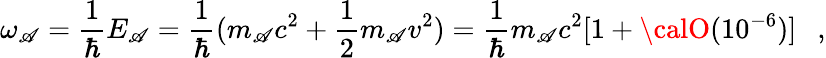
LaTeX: \omega_{\mathscr{A}}={\frac{{1}}{{\hbar}}}E_{\mathscr{A}}={\frac{{1}}{{\hbar}}}(m_{\mathscr{A}}c^{2}+{\frac{{1}}{{2}}}m_{\mathscr{A}}v^{2})={\frac{{1}}{{\hbar}}}m_{\mathscr{A}}c^{2}[1+{\calO}(10^{-6})]~~\ ,